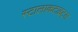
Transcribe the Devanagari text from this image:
स्टालाकटाइट्स